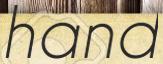
hand